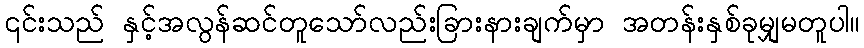
၎င်းသည် နှင့်အလွန်ဆင်တူသော်လည်းခြားနားချက်မှာ အတန်းနှစ်ခုမျှမတူပါ။